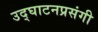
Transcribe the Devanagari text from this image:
उद्घाटनप्रसंगी